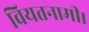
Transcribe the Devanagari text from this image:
वियतनामी।